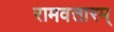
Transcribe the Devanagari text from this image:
रामवतारम्‌